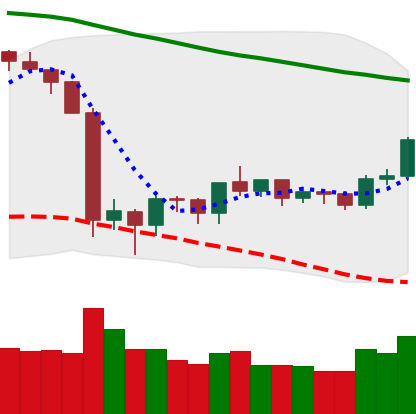
Ticker: ETH-USD
Chart end date: 2019-10-09
Forward return: -3.276%
Label: down_3_5